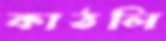
কাঠলি